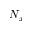
N _ { x }